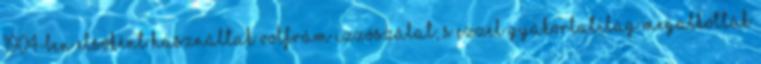
1904-ben elsőként használtak volfrám izzószálat, s ezzel gyakorlatilag megalkották